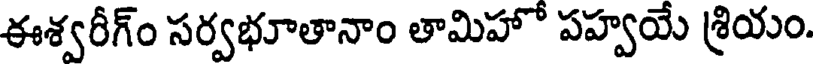
ఈశ్వరీగ్ం సర్వభూతానాం తామిహో పహ్వయే శ్రియం.